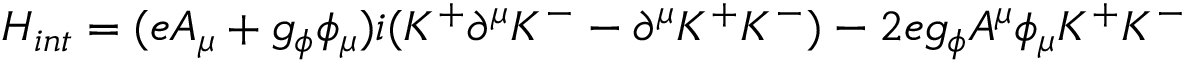
H _ { i n t } = ( e A _ { \mu } + g _ { \phi } \phi _ { \mu } ) i ( K ^ { + } \partial ^ { \mu } K ^ { - } - \partial ^ { \mu } K ^ { + } K ^ { - } ) - 2 e g _ { \phi } A ^ { \mu } \phi _ { \mu } K ^ { + } K ^ { - }